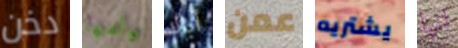
دخن وأمها أباك عمن يشتريه انها